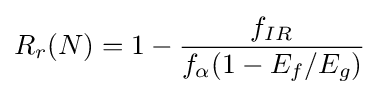
R_{r}(N)=1-{\frac {f_{IR}}{f_{\alpha }(1-E_{f}/E_{g})}}